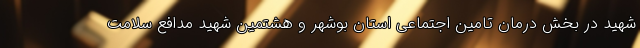
شهید در بخش درمان تامین اجتماعی استان بوشهر و هشتمین شهید مدافع سلامت